Annual report of the Central Committee of the Association together with the report of the directors of the Pasteur Institute at Kasauli
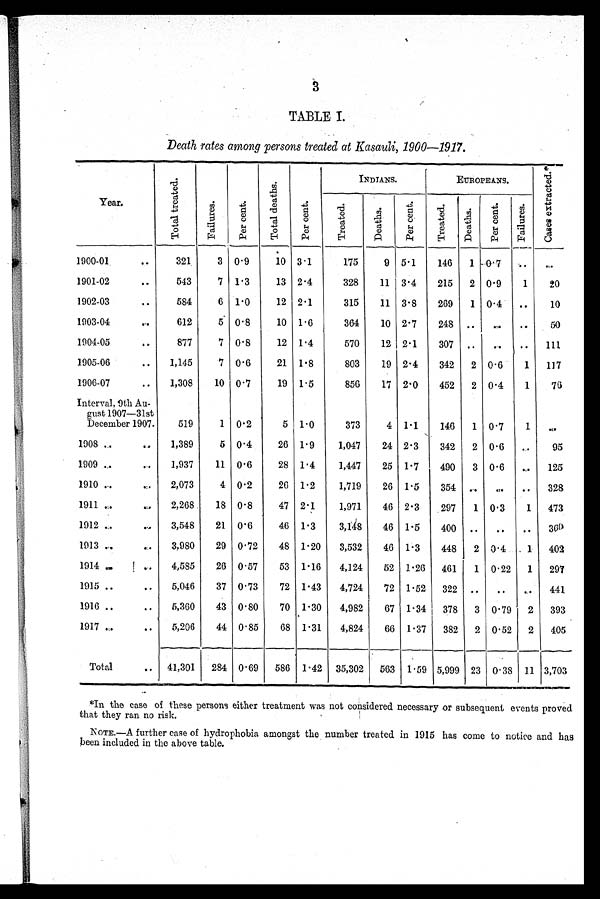
3
TABLE I.
Death rates among persons treated at Kasauli, 1900—1917.
Year.
To t a l t r e a t e d .
Fa i l ur e s .
Per cent .
Tot al deat hs.
Per cent .
INDIANS.
EUROPEANS.
C a s e s e x t r a c t e d . *
Tr eat ed.
De a t hs .
Per cent .
Treat ed.
Deaths. Per cent
Fai l ur es .
1900-01
321
3 0.9
10 3.1
175
9 5.1
146
1 0.7 ..
..
1901-02
543
7 1.3
13 2.4
328
11 3.4
215
2 0.9
1
20
1902-03
584
6 1.0
12 2.1
315
11 3.8
269
1 0.4
..
10
1903-04
612
5 0.8
10 1.6
364
10 2.7
248 ..
..
..
50
1904-05
877
7 0.8
12 1.4
570
12 2.1
307 ..
..
..
111
1905-06
1,145
7 0.6
21 1.8
803
19 2.4
342
2 0.6
1
117
1906-07
1,308
10 0.7
19 1.5
856
17 2.0
452
2 0.4
1
76
Interval, 9th Au-
gust 1907—31st
December 1907.
519
1 0.2
5 1.0
373
4 1.1
146
1 0-7
1
..
1908
1,389
5 0.4
26 1.9
1,047
24 2-3
342
2 0.6
..
95
1909
1,937
11 0.6
28 1.4
1,447
25 1.7
490
3 0.6
..
125
1910
2,073
4 0.2
26 1.2
1,719
26 1.5
354 ..
..
..
328
1911
2,268
18 0.8
47 2.1
1,971
46 2.3
297
1 0.3
1
473
1912
3,548
21 0'6
46 1.3
3,148
46 1.5
4 0 0 .. ..
..
360
1913
3,980
29 0.72
48 1.20
3,532
46 1-3
4 4 8 2 0.4
1
402
1914
4,585
26 0.57
53 1.16
4,124
52 1.26 4 6 1 1 0.22 1 297
1915
5,046
37 0.73
72 1.43
4,724
72 1.52
322 3 2 2 ..
.. ..
441
1916
5,360
43 0.80
70 1.30
4,982
67 1.34
3 7 8 378 0.79 2 393
1917
5,206
44 0.85
68 1.31
4,824
66 1.37
3 8 2 2 0.52 2 405
Total
41,301
284 0.69
586 1.42 35,302
563 1.59
5 , 9 9 9
23 0.38 11 3,703
*In the case of these persons either treatment was not considered necessary or subsequent events proved
that they ran no risk.
NOTE.—A further case of hydrophobia amongst the number treated in 1915 has come to notice and has
been included in the above table.